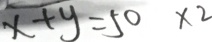
x + y = 5 0 \times 2